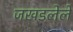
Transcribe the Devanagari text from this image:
जखडलेले